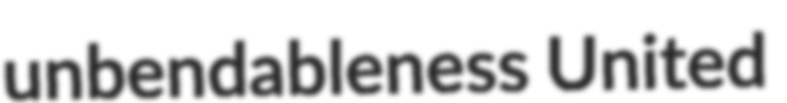
unbendableness United